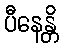
ပီနေန္တိ